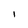
Character: I